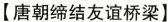
【唐朝缔结友谊桥梁】